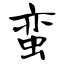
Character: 蛮